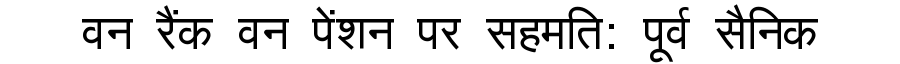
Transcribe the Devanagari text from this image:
वन रैंक वन पेंशन पर सहमति: पूर्व सैनिक